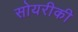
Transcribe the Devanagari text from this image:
सोयरीकी